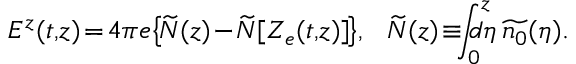
E ^ { z } ( t , \! z ) \! = \! 4 \pi e \! \left\{ \! \widetilde { N } ( z ) \! - \! \widetilde { N } [ Z _ { e } ( t , \! z ) ] \! \right\} \! , \: \: \: \widetilde { N } ( z ) \! \equiv \! \! \! \int _ { 0 } ^ { z } \! \! \! \! \! \! d \eta \, \widetilde { n _ { 0 } } ( \eta ) .